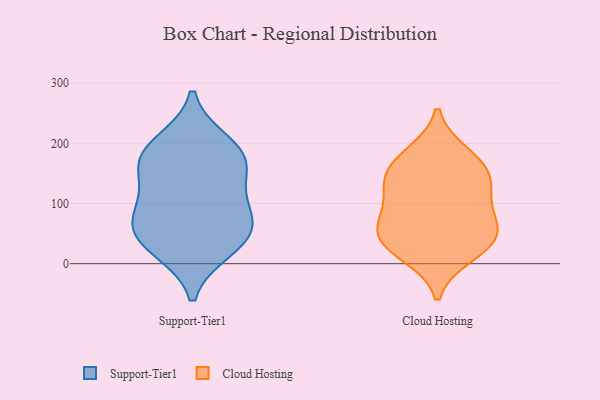
{"axis": {"x": "Inventory Turnover", "y": "Value"}, "legend": ["Cloud Hosting", "Support-Tier1"], "data": [{"x": "", "y": 25, "type": "Support-Tier1"}, {"x": "", "y": 172, "type": "Support-Tier1"}, {"x": "", "y": 58, "type": "Support-Tier1"}, {"x": "", "y": 37, "type": "Support-Tier1"}, {"x": "", "y": 63, "type": "Support-Tier1"}, {"x": "", "y": 200, "type": "Support-Tier1"}, {"x": "", "y": 163, "type": "Support-Tier1"}, {"x": "", "y": 113, "type": "Support-Tier1"}, {"x": "", "y": 90, "type": "Support-Tier1"}, {"x": "", "y": 178, "type": "Support-Tier1"}, {"x": "", "y": 45, "type": "Cloud Hosting"}, {"x": "", "y": 90, "type": "Cloud Hosting"}, {"x": "", "y": 16, "type": "Cloud Hosting"}, {"x": "", "y": 117, "type": "Cloud Hosting"}, {"x": "", "y": 181, "type": "Cloud Hosting"}, {"x": "", "y": 31, "type": "Cloud Hosting"}, {"x": "", "y": 57, "type": "Cloud Hosting"}, {"x": "", "y": 143, "type": "Cloud Hosting"}, {"x": "", "y": 168, "type": "Cloud Hosting"}, {"x": "", "y": 139, "type": "Cloud Hosting"}, {"x": "", "y": 56, "type": "Cloud Hosting"}]}